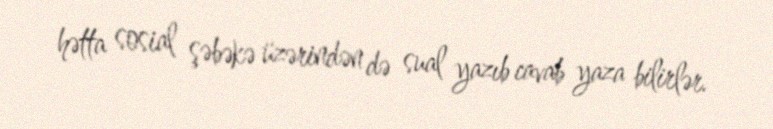
hətta sosial şəbəkə üzərindən də sual yazıb cavab yaza bilirlər.